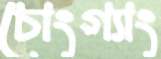
চোংগ্যাং